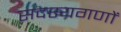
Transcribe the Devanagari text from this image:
सदस्यगणों